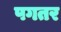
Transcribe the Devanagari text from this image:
पगतर